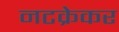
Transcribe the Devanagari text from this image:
नटक्रेकर